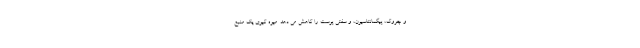
و چروک، پیگمانتاسیون، و سفتی پوست را کاهش می دهد. میوه کیوی یک منبع